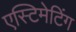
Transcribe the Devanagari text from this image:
एस्टिमेटिंग